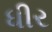
ધીર